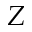
Z